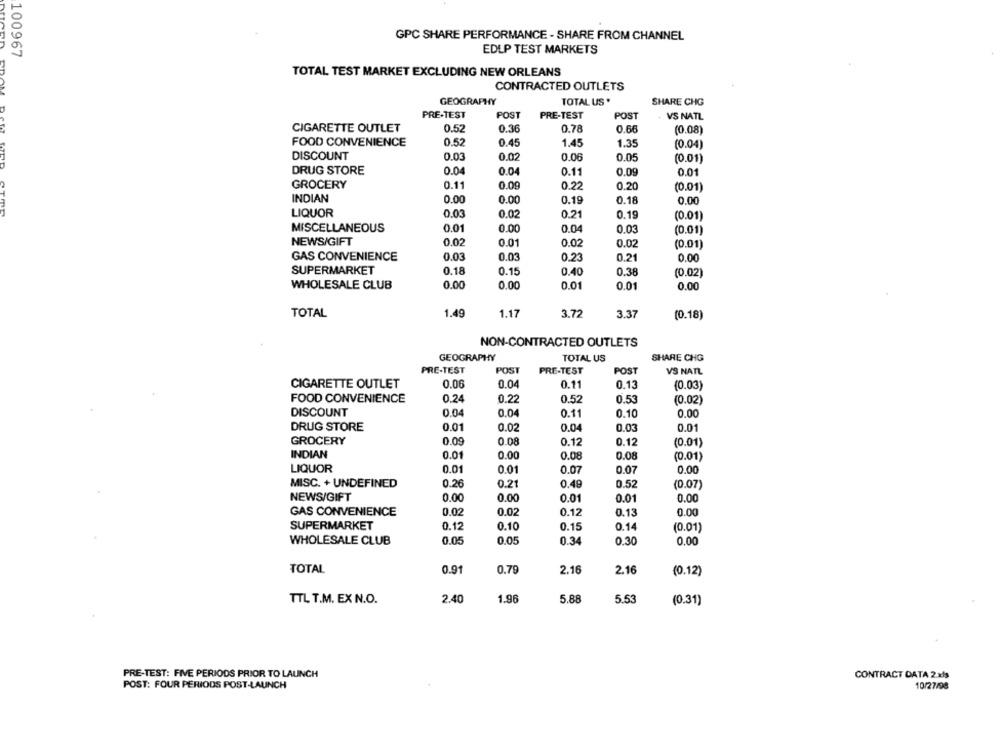
GPC SHARE PERFORMANCE - SHARE FROM CHANNEL
100967
EDLP TEST MARKETS
TOTAL TEST MARKET EXCLUDING NEW ORLEANS
CONTRACTED OUTLETS
GEOGRAPHY
TOTAL US .
SHARE CHG
PRE-TEST
POST
PRE-TEST
POST
VS NATL
CIGARETTE OUTLET
0.78
0.52
0.36
0.66
(0.08)
FOOD CONVENIENCE
0.52
0.45
1.45
1.35
(0.04)
DISCOUNT
0.03
0.02
0.06
0.05
(0.01)
DRUG STORE
0.04
0.04
0.11
0.09
0.01
GROCERY
0.11
0.09
0.22
0.20
(0.01)
INDIAN
0.00
0.00
0.19
0.18
0.00
LIQUOR
0.03
0.02
0.21
0.19
(0.01)
MISCELLANEOUS
0.01
0.00
0.04
0.03
(0.01)
NEWS/GIFT
0.02
0.01
0.02
0.02
(0.01)
0.03
0.03
GAS CONVENIENCE
0.23
0.21
0.00
SUPERMARKET
0.18
0.15
0.40
0.38
(0.02)
WHOLESALE CLUB
0.00
0.00
0.01
0.01
0.00
TOTAL
1.49
1.17
3.72
3.37
(0.18)
NON-CONTRACTED OUTLETS
GEOGRAPHY
TOTAL US
SHARE CHG
PRE-TEST
POST
PRE-TEST
POST
VS NATL
CIGARETTE OUTLET
0.00
0.04
0.11
0.13
(0.03)
0.24
FOOD CONVENIENCE
0.22
0.52
0.53
(0.02)
DISCOUNT
0.04
0.04
0.11
0.10
0.00
DRUG STORE
0.01
0.02
0.04
0.03
0.01
GROCERY
0.09
0.08
0.12
0.12
(0.01)
INDIAN
0.01
0.00
0.08
0.08
(0.01)
LIQUOR
0.01
0.01
0.07
0.07
0.00
MISC. + UNDEFINED
0.26
0.21
0.49
0.52
(0.07)
NEWS/GIFT
0.00
0.00
0.01
0.01
0.00
0.12
GAS CONVENIENCE
0.02
0.02
0.13
0.00
SUPERMARKET
0.10
0.15
0.14
0.12
(0.01)
0.05
0.05
WHOLESALE CLUB
0.34
0.30
0.00
TOTAL
0.91
0.79
2.16
2.16
(0.12)
TTL T.M. EX N.O.
2.40
1.96
5.88
5.53
(0.31)
PRE-TEST: FIVE PERIODS PRIOR TO LAUNCH
CONTRACT DATA 2.xls
POST: FOUR PERIODS POST-LAUNCH
10/27/98